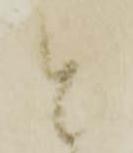
と